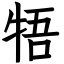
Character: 牾